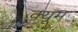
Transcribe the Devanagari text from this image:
क्यूम